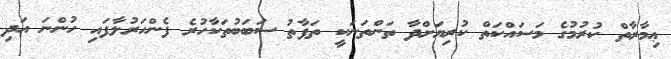
ޢިމާރާތް ކުރުމުގެ މަސައްކަތް ކުރިޔަށްދާ ތަންތަނަކީ ތަފާތު ސަބަބުތަކާހުރެ ފެންހަރުލާފައި ހުންނަ އަދި